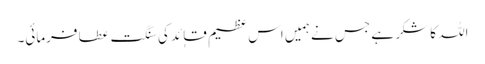
اللہ کا شکر ہے جس نے ہمیں اس عظیم قاٖئد کی سنگت عطا فرمائی۔